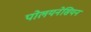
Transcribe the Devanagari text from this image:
पोलयनेसियन